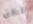
لكن